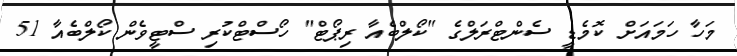
މަހާ ހަމައަށް ކޮމެޑީ ސެންޓްރަލްގެ "ކޯލްބެއާ ރިޕޯޓް" ހޯސްޓްކުރި ސްޓީވެން ކޯލްބެއާ 51